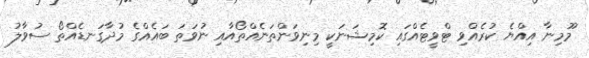
މޫމިނާ އިއްޔެ ކުރެއްވި ޓްވީޓެއްގައި ކޮމިޝަނަކީ މިނިވަންތަނެއްތޯއާއި ނުވަތަ ބައެއްގެ މުދާގަނޑެއްތޯ ސުވާލު